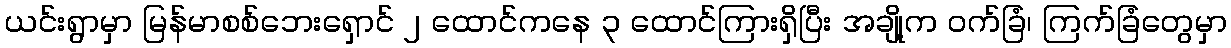
ယင်းရွာမှာ မြန်မာစစ်ဘေးရှောင် ၂ ထောင်ကနေ ၃ ထောင်ကြားရှိပြီး အချို့က ဝက်ခြံ၊ ကြက်ခြံတွေမှာ